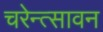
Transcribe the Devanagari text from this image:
चरेन्त्सावन